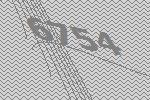
6754